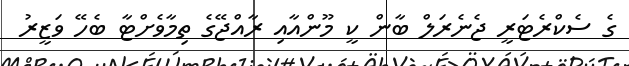
ގެ ސެކްރެޓަރީ ޖެނެރަލް ބާން ކީ މޫންއާއި ރާއްޖޭގެ ތިމާވެށްޓާ ބެހޭ ވަޒީރު